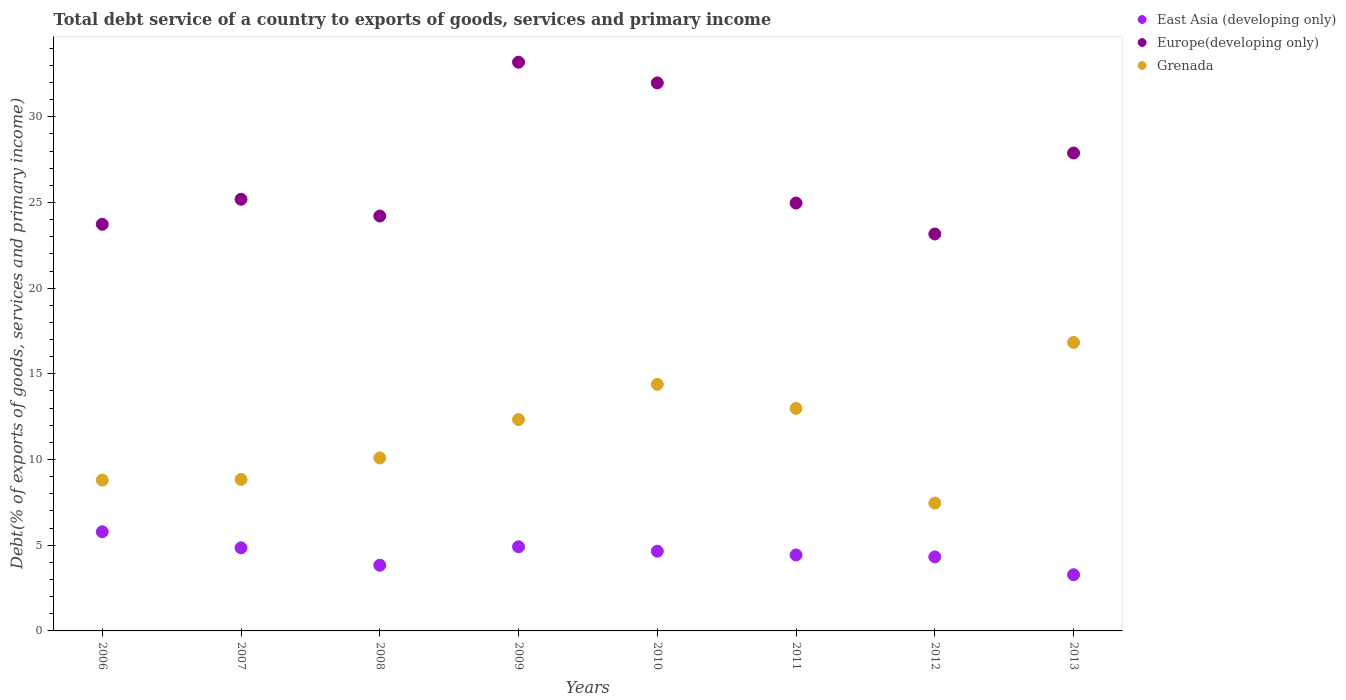
| Years | East Asia (developing only) | Europe(developing only) | Grenada |
 | --- | --- | --- | --- |
 | 2006 | 5.79 | 23.7 | 8.8 |
 | 2007 | 4.85 | 25.2 | 8.84 |
 | 2008 | 3.83 | 24.2 | 10.1 |
 | 2009 | 4.91 | 33.2 | 12.3 |
 | 2010 | 4.65 | 32 | 14.4 |
 | 2011 | 4.43 | 25 | 13 |
 | 2012 | 4.32 | 23.2 | 7.46 |
 | 2013 | 3.28 | 27.9 | 16.8 |